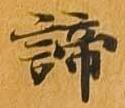
諦